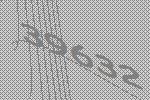
39632